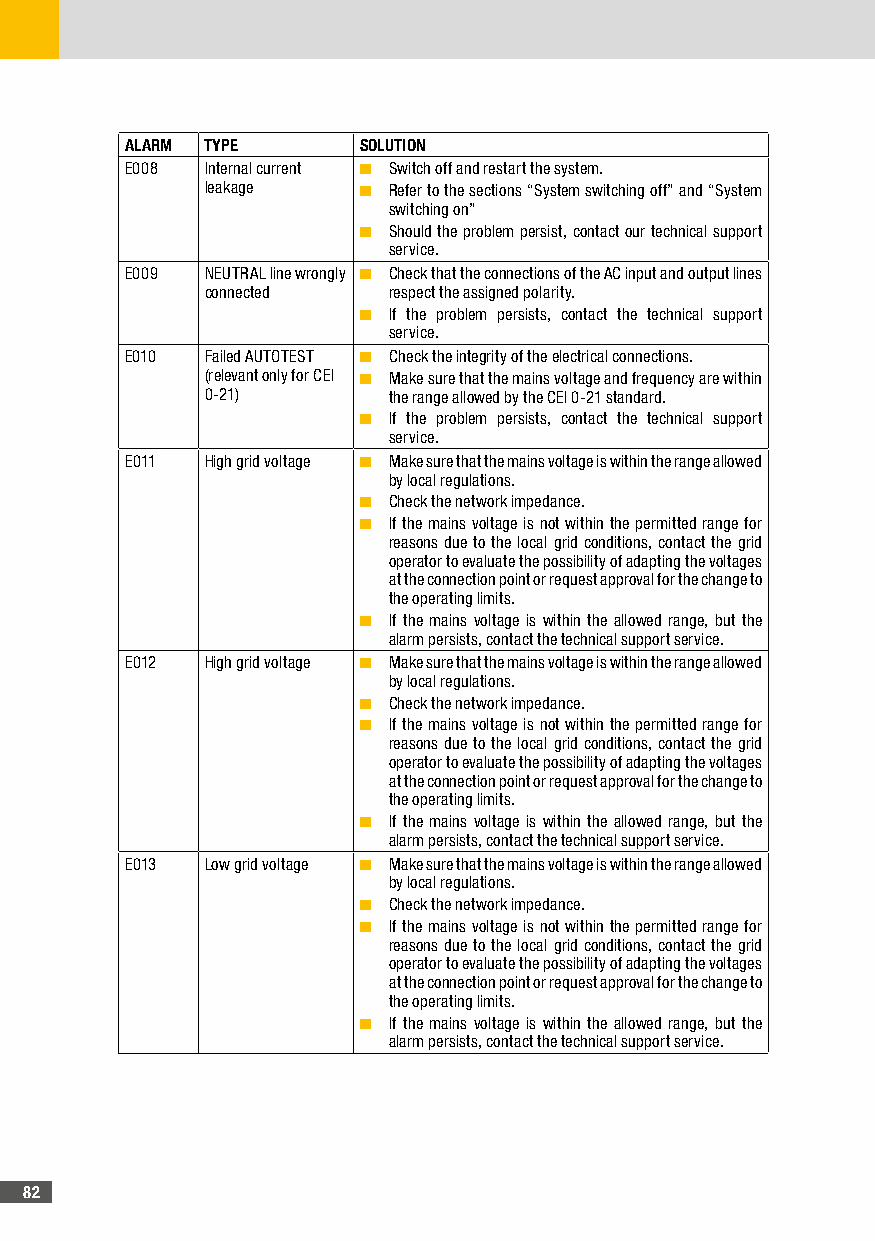
ALARM TYPE      SOLUTION
 E008  Internal current ■ Switch off and restart the system.
 leakage   ■ Refer to the sections “System switching off” and “System
 switching on”
 ■ Should the problem persist, contact our technical support
 service.
 E009  NEUTRAL line wrongly ■ Check that the connections of the AC input and output lines
 connected   respect the assigned polarity.
 ■ If the problem persists, contact the technical support
 service.
 E010  Failed AUTOTEST ■ Check the integrity of the electrical connections.
 (relevant only for CEI ■ Make sure that the mains voltage and frequency are within
 0-21)       the range allowed by the CEI 0-21 standard.
 ■ If the problem persists, contact the technical support
 service.
 E011  High grid voltage ■ Make sure that the mains voltage is within the range allowed
 by local regulations.
 ■ Check the network impedance.
 ■ If the mains voltage is not within the permitted range for
 reasons due to the local grid conditions, contact the grid
 operator to evaluate the possibility of adapting the voltages
 at the connection point or request approval for the change to
 the operating limits.
 ■ If the mains voltage is within the allowed range, but the
 alarm persists, contact the technical support service.
 E012  High grid voltage ■ Make sure that the mains voltage is within the range allowed
 by local regulations.
 ■ Check the network impedance.
 ■ If the mains voltage is not within the permitted range for
 reasons due to the local grid conditions, contact the grid
 operator to evaluate the possibility of adapting the voltages
 at the connection point or request approval for the change to
 the operating limits.
 ■ If the mains voltage is within the allowed range, but the
 alarm persists, contact the technical support service.
 E013  Low grid voltage ■ Make sure that the mains voltage is within the range allowed
 by local regulations.
 ■ Check the network impedance.
 ■ If the mains voltage is not within the permitted range for
 reasons due to the local grid conditions, contact the grid
 operator to evaluate the possibility of adapting the voltages
 at the connection point or request approval for the change to
 the operating limits.
 ■ If the mains voltage is within the allowed range, but the
 alarm persists, contact the technical support service.
 82